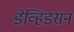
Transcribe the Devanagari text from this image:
डेव्हिडसन